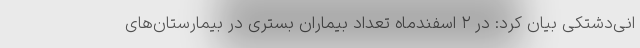
انی‌دشتکی بیان کرد: در ۲ اسفندماه تعداد بیماران بستری در بیمارستان‌های